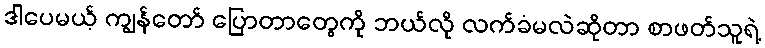
ဒါပေမယ့် ကျွန်တော် ပြောတာတွေကို ဘယ်လို လက်ခံမလဲဆိုတာ စာဖတ်သူရဲ့